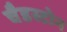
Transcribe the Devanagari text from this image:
चैडस्टोन